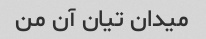
میدان تیان آن من